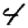
Digit: 4